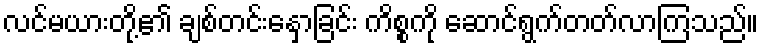
လင်မယားတို့၏ ချစ်တင်းနှောခြင်း ကိစ္စကို ဆောင်ရွက်တတ်လာကြသည်။